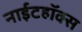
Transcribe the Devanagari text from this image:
नाईटहॉक्स